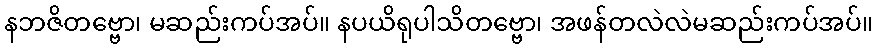
နဘဇိတဗ္ဗော၊ မဆည်းကပ်အပ်။ နပယိရုပါသိတဗ္ဗော၊ အဖန်တလဲလဲမဆည်းကပ်အပ်။